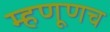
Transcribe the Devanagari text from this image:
म्हणूणच